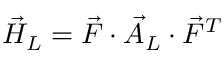
\vec { H } _ { L } = \vec { F } \cdot \vec { A } _ { L } \cdot \vec { F } ^ { T }